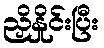
ညှိနှိုင်းပြီး